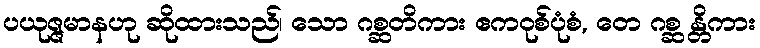
ပယုဇ္ဇမာနဟု ဆိုထားသည်၊ သော ဂစ္ဆတိကား ဧကဝုစ်ပုံစံ, တေ ဂစ္ဆ န္တိကား